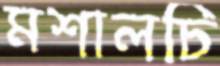
মশালচি